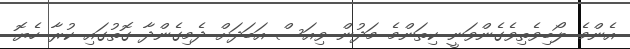
އެންމެ ލޯބިވެތިވެގެންވަނީ ކިތަންމެ މަދުން ވިއަސް އަބަދަށް ދެމިގެންދާ ގޮތުގައި ކުރާ ހެޔޮ